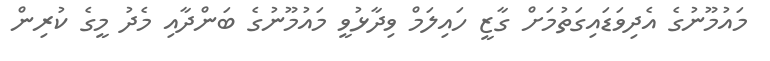
މައުމޫނުގެ އެދިވަޑައިގަތުމަށް ގާޒީ ހައިލަމް ވިދާޅުވީ މައުމޫނުގެ ބަންދާއި މެދު މީގެ ކުރިން